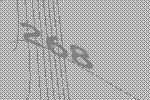
268